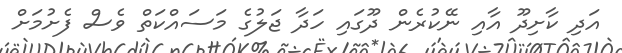
އަދި ކާށިދޫ އާއި ނޭކުރެން ދޫގައި ހަދާ ޖަލުގެ މަސައްކަތް ވެސް ފެށުމަށް